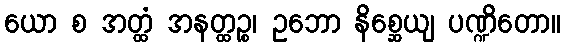
ယော စ အတ္ထံ အနတ္ထဉ္စ၊ ဥဘော နိစ္ဆေယျ ပဏ္ဍိတော။